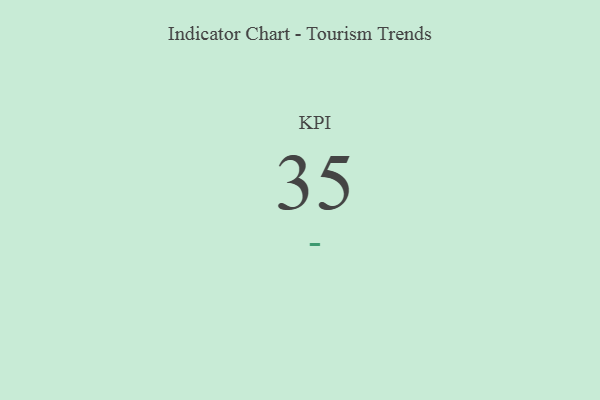
{"axis": {"x": "KPI", "y": "Value"}, "legend": [""], "data": [{"x": "KPI", "y": 35, "type": ""}]}